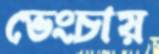
ভেংচায়